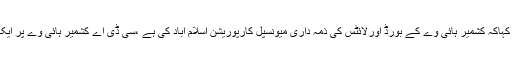
چیئر مین سی ڈی اے نے کہاکہ کشمیر ہائی وے کے بورڈ اورلائٹس کی ذمہ داری میونسپل کارپوریشن اسلام آباد کی ہے ،سی ڈی اے کشمیر ہائی وے پر ایک لاکھ پودے لگا رہا ہے ۔